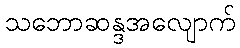
သဘောဆန္ဒအလျောက်